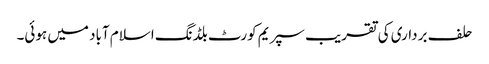
حلف برداری کی تقریب سپریم کورٹ بلڈنگ اسلام آباد میں ہوئی۔